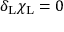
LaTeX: \delta _ { \mathrm { { L } } } \chi _ { \mathrm { { L } } } = 0